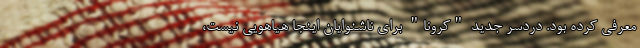
معرفی کرده بود. دردسرِ جدید "کرونا" برای ناشنوایان اینجا هیاهویی نیست،